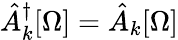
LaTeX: \hat{A}_{k}^{\dagger}[\Omega]=\hat{A}_{k}[\Omega]